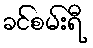
ခင်စမ်းရီ